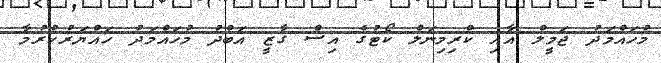
މުހައްމަދު ޖަމީލް އާއި ކްރިމިނަލް ކޯޓުގެ އިސް ގާޒީ އަބްދު މުހައްމަދު ހައްޔަރުކުރުމާ